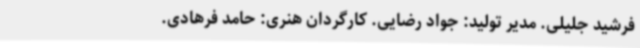
فرشید جلیلی. مدیر تولید: جواد رضایی. کارگردان هنری: حامد فرهادی.